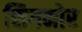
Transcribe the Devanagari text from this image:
सिगनोर